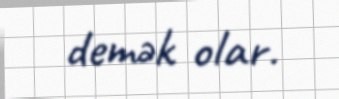
demək olar.